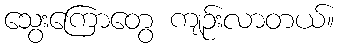
သွေးကြောတွေ ကျဉ်းလာတယ်။